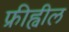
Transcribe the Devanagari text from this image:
फ्रीह्वील